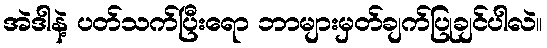
အဲဒါနဲ့ ပတ်သက်ပြီးရော ဘာများမှတ်ချက်ပြုချင်ပါလဲ။